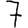
Digit: 7